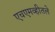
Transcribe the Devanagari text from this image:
एचएमव्हीतले